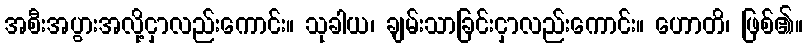
အစီးအပွားအလို့ငှာလည်းကောင်း။ သုခါယ၊ ချမ်းသာခြင်းငှာလည်းကောင်း။ ဟောတိ၊ ဖြစ်၏။